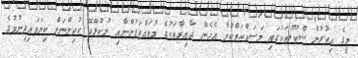
މީގެ އިތުރުން ސްކޫލުތަކުގައި މަސައްކަތްކުރާ އެހެން ދާއިރާތަކުގެ މުވައްޒަފުންނާއި ނުކުޅޭދޭ ކުދިންނަށް ކިޔަވައިދިނުމުގެ